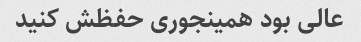
عالی بود همینجوری حفظش کنید